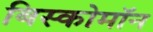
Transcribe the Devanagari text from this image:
बिस्कोमॉन